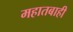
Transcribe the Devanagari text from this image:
महातबाही